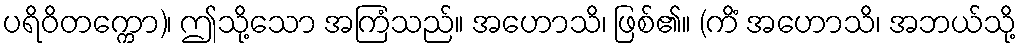
ပရိဝိတက္ကော)၊ ဤသို့သော အကြံသည်။ အဟောသိ၊ ဖြစ်၏။ (ကိံ အဟောသိ၊ အဘယ်သို့